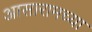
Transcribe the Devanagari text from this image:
आसारामच्या